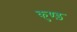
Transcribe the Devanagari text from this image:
कुण्ड़